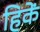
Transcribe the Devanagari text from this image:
हिकें